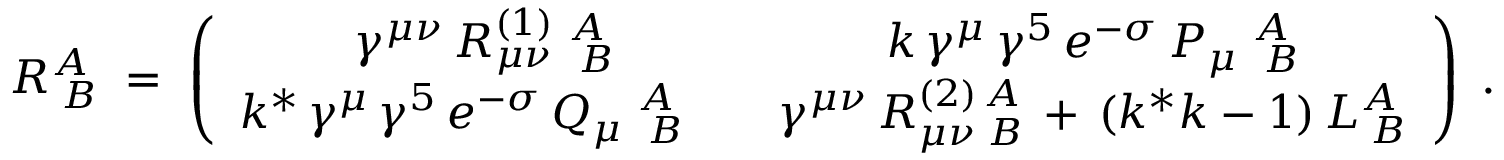
R _ { \; B } ^ { A } \; = \; \left( \begin{array} { c c } { { \gamma ^ { \mu \nu } \, R _ { \mu \nu } ^ { ( 1 ) } \; _ { \; B } ^ { A } } } & { { k \, \gamma ^ { \mu } \, \gamma ^ { 5 } \, e ^ { - \sigma } \, P _ { \mu } \; _ { \; B } ^ { A } } } \\ { { k ^ { * } \, \gamma ^ { \mu } \, \gamma ^ { 5 } \, e ^ { - \sigma } \, Q _ { \mu } \; _ { \; B } ^ { A } \quad } } & { { \gamma ^ { \mu \nu } \, R _ { \mu \nu \; B } ^ { ( 2 ) \, A } \, + \, ( k ^ { * } k - 1 ) \, L _ { \; B } ^ { A } } } \end{array} \right) \; .